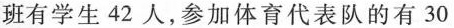
班有学生42人，参加体育代表队的有30